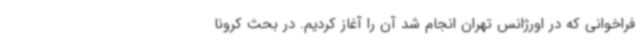
فراخوانی که در اورژانس تهران انجام شد آن را آغاز کردیم. در بحث کرونا